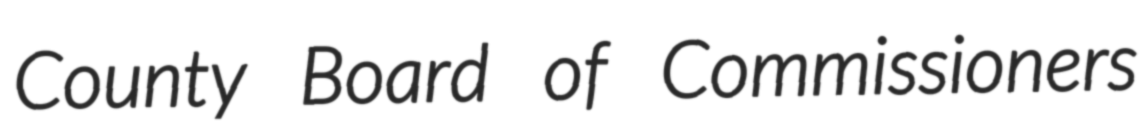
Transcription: County Board of Commissioners